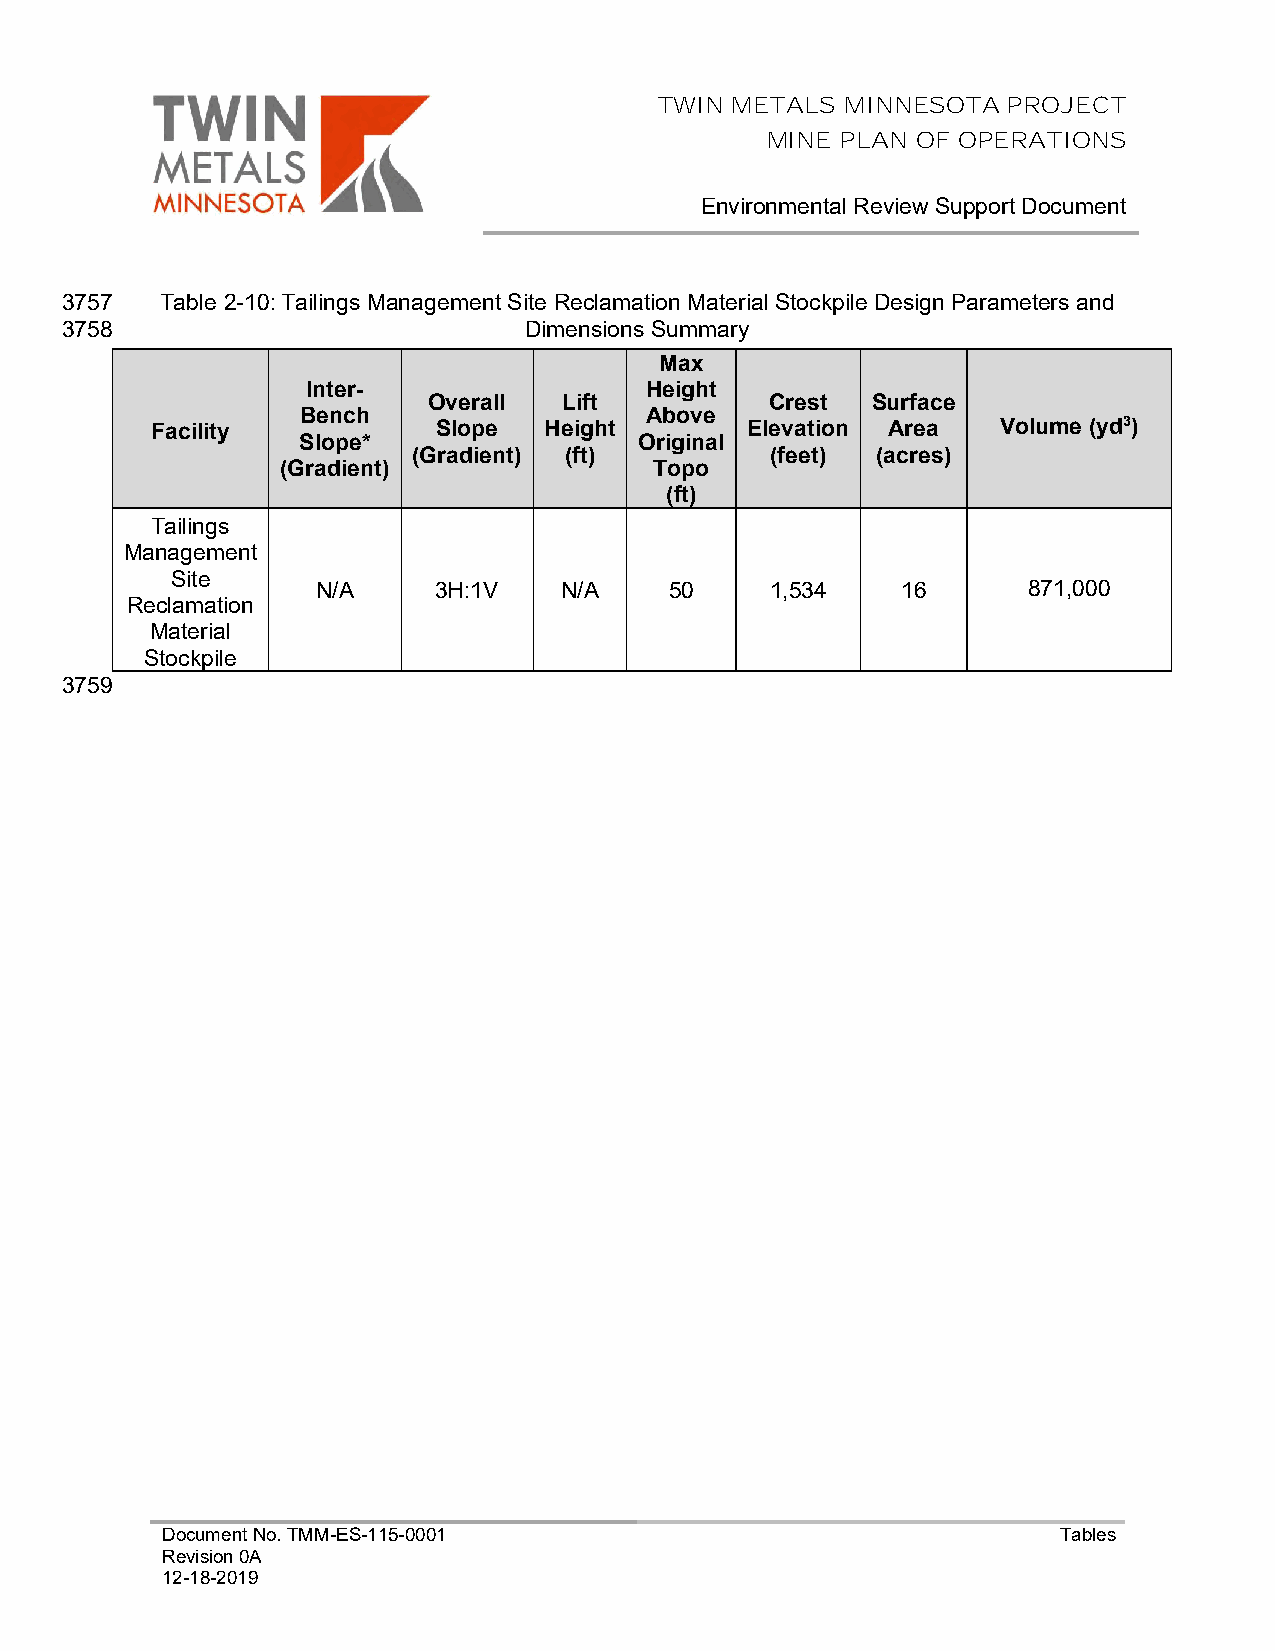
TWIN METALS MINNESOTA  PROJECT
 MINE PLAN OF OPERATIONS
 Environmental Review Support Document
 3757   Table 2-10: Tailings Management Site Reclamation Material Stockpile Design Parameters and
 3758                           Dimensions Summary
 Max
 Inter-                 Height
 Overall  Lift          Crest  Surface
 Bench                  Above
 Facility           Slope  Height       Elevation Area   Volume (yd3)
 Slope*                Original
 (Gradient) (ft)         (feet) (acres)
 (Gradient)              Topo
 (ft)
 Tailings
 Management
 Site
 N/A     3H:1V   N/A    50     1,534    16      871,000
 Reclamation
 Material
 Stockpile
 3759
 Document No. TMM-ES-115-0001                               Tables
 Revision 0A
 12-18-2019